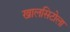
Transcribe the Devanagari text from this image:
खालसिटोला